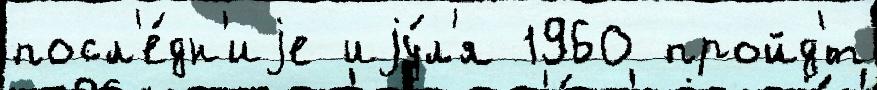
посл'е́дн'иjе иjу́л'я 1960 пройд'́т